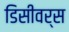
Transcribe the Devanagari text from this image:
डिसीवर्स